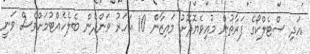
އަދި ސްޓެލްކޯގެ ފަރާތުން މުއިވެޔޮދޮށު މައިޒާން 10 އަހަރު ވަންދެން ބެލެހެއްޓުމަށްވެސް ވަނީ